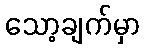
သော့ချက်မှာ